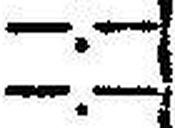
—.—